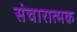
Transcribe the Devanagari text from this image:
संचारात्मक